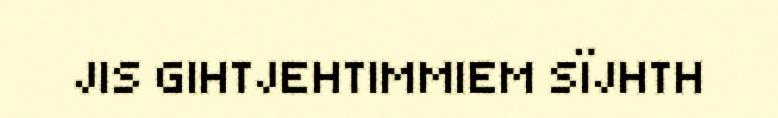
JIS GIHTJEHTIMMIEM SÏJHTH